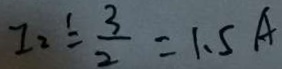
I _ { 2 } ^ { \prime } = \frac { 3 } { 2 } = 1 . 5 A